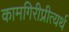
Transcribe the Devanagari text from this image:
कामगिरीप्रीत्यर्थ